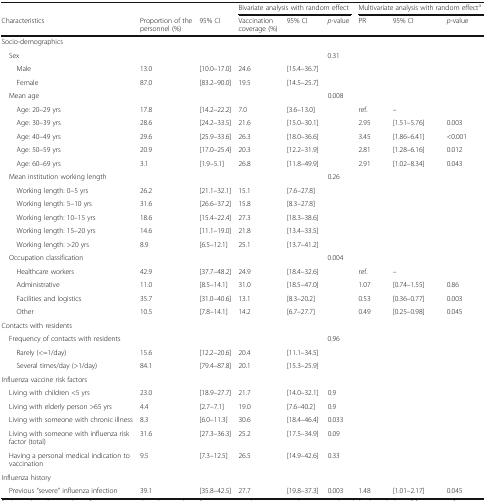
<table><thead><tr><td></td><td></td><td></td><td colspan="3"><b>Bivariate analysis with random effect</b></td><td colspan="3"><b>Multivariate analysis with random effect<sup>a</sup></b></td></tr><tr><td><b>Characteristics</b></td><td><b>Proportion of the personnel (%)</b></td><td><b>95% CI</b></td><td><b>Vaccination coverage (%)</b></td><td><b>95% CI</b></td><td><b><i>p</i>-value</b></td><td><b>PR</b></td><td><b>95% CI</b></td><td><b><i>p</i>-value</b></td></tr></thead><tbody><tr><td colspan="9">Socio-demographics</td></tr><tr><td> Sex</td><td></td><td></td><td></td><td></td><td>0.31</td><td></td><td></td><td></td></tr><tr><td>Male</td><td>13.0</td><td>[10.0–17.0]</td><td>24.6</td><td>[15.4–36.7]</td><td></td><td></td><td></td><td></td></tr><tr><td>Female</td><td>87.0</td><td>[83.2–90.0]</td><td>19.5</td><td>[14.5–25.7]</td><td></td><td></td><td></td><td></td></tr><tr><td> Mean age</td><td></td><td></td><td></td><td></td><td>0.008</td><td></td><td></td><td></td></tr><tr><td>Age: 20–29 yrs</td><td>17.8</td><td>[14.2–22.2]</td><td>7.0</td><td>[3.6–13.0]</td><td></td><td>ref.</td><td>–</td><td></td></tr><tr><td>Age: 30–39 yrs</td><td>28.6</td><td>[24.2–33.5]</td><td>21.6</td><td>[15.0–30.1]</td><td></td><td>2.95</td><td>[1.51–5.76]</td><td>0.003</td></tr><tr><td>Age: 40–49 yrs</td><td>29.6</td><td>[25.9–33.6]</td><td>26.3</td><td>[18.0–36.6]</td><td></td><td>3.45</td><td>[1.86–6.41]</td><td>&lt;0.001</td></tr><tr><td>Age: 50–59 yrs</td><td>20.9</td><td>[17.0–25.4]</td><td>20.3</td><td>[12.2–31.9]</td><td></td><td>2.81</td><td>[1.28–6.16]</td><td>0.012</td></tr><tr><td>Age: 60–69 yrs</td><td>3.1</td><td>[1.9–5.1]</td><td>26.8</td><td>[11.8–49.9]</td><td></td><td>2.91</td><td>[1.02–8.34]</td><td>0.043</td></tr><tr><td> Mean institution working length</td><td></td><td></td><td></td><td></td><td>0.26</td><td></td><td></td><td></td></tr><tr><td>Working length: 0–5 yrs</td><td>26.2</td><td>[21.1–32.1]</td><td>15.1</td><td>[7.6–27.8]</td><td></td><td></td><td></td><td></td></tr><tr><td>Working length: 5–10 yrs</td><td>31.6</td><td>[26.6–37.2]</td><td>15.8</td><td>[8.3–27.8]</td><td></td><td></td><td></td><td></td></tr><tr><td>Working length: 10–15 yrs</td><td>18.6</td><td>[15.4–22.4]</td><td>27.3</td><td>[18.3–38.6]</td><td></td><td></td><td></td><td></td></tr><tr><td>Working length: 15–20 yrs</td><td>14.6</td><td>[11.1–19.0]</td><td>21.8</td><td>[13.4–33.5]</td><td></td><td></td><td></td><td></td></tr><tr><td>Working length: &gt;20 yrs</td><td>8.9</td><td>[6.5–12.1]</td><td>25.1</td><td>[13.7–41.2]</td><td></td><td></td><td></td><td></td></tr><tr><td> Occupation classification</td><td></td><td></td><td></td><td></td><td>0.004</td><td></td><td></td><td></td></tr><tr><td>Healthcare workers</td><td>42.9</td><td>[37.7–48.2]</td><td>24.9</td><td>[18.4–32.6]</td><td></td><td>ref.</td><td>–</td><td></td></tr><tr><td>Administrative</td><td>11.0</td><td>[8.5–14.1]</td><td>31.0</td><td>[18.5–47.0]</td><td></td><td>1.07</td><td>[0.74–1.55]</td><td>0.86</td></tr><tr><td>Facilities and logistics</td><td>35.7</td><td>[31.0–40.6]</td><td>13.1</td><td>[8.3–20.2]</td><td></td><td>0.53</td><td>[0.36–0.77]</td><td>0.003</td></tr><tr><td>Other</td><td>10.5</td><td>[7.8–14.1]</td><td>14.2</td><td>[6.7–27.7]</td><td></td><td>0.49</td><td>[0.25–0.98]</td><td>0.045</td></tr><tr><td colspan="9">Contacts with residents</td></tr><tr><td> Frequency of contacts with residents</td><td></td><td></td><td></td><td></td><td>0.96</td><td></td><td></td><td></td></tr><tr><td>Rarely (&lt;=1/day)</td><td>15.6</td><td>[12.2–20.6]</td><td>20.4</td><td>[11.1–34.5]</td><td></td><td></td><td></td><td></td></tr><tr><td>Several times/day (&gt;1/day)</td><td>84.1</td><td>[79.4–87.8]</td><td>20.1</td><td>[15.3–25.9]</td><td></td><td></td><td></td><td></td></tr><tr><td colspan="9">Influenza vaccine risk factors</td></tr><tr><td> Living with children &lt;5 yrs</td><td>23.0</td><td>[18.9–27.7]</td><td>21.7</td><td>[14.0–32.1]</td><td>0.9</td><td></td><td></td><td></td></tr><tr><td> Living with elderly person &gt;65 yrs</td><td>4.4</td><td>[2.7–7.1]</td><td>19.0</td><td>[7.6–40.2]</td><td>0.9</td><td></td><td></td><td></td></tr><tr><td> Living with someone with chronic illness</td><td>8.3</td><td>[6.0–11.3]</td><td>30.6</td><td>[18.4–46.4]</td><td>0.033</td><td></td><td></td><td></td></tr><tr><td> Living with someone with influenza risk factor (total)</td><td>31.6</td><td>[27.3–36.3]</td><td>25.2</td><td>[17.5–34.9]</td><td>0.09</td><td></td><td></td><td></td></tr><tr><td> Having a personal medical indication to vaccination</td><td>9.5</td><td>[7.3–12.5]</td><td>26.5</td><td>[14.9–42.6]</td><td>0.33</td><td></td><td></td><td></td></tr><tr><td colspan="9">Influenza history</td></tr><tr><td> Previous “severe” influenza infection</td><td>39.1</td><td>[35.8–42.5]</td><td>27.7</td><td>[19.8–37.3]</td><td>0.003</td><td>1.48</td><td>[1.01–2.17]</td><td>0.045</td></tr></tbody></table>